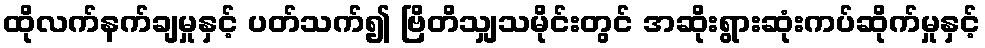
ထိုလက်နက်ချမှုနှင့် ပတ်သက်၍ ဗြိတိသျှသမိုင်းတွင် အဆိုးရွားဆုံးကပ်ဆိုက်မှုနှင့်